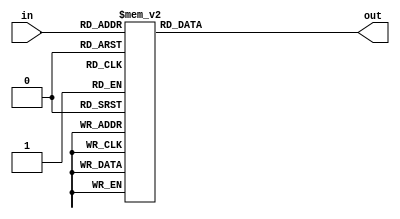
module priority_encoder(
     input [3:0] in,
     output reg [3:0] out
);

always @(*) begin
     case(in)
          4'b0000: out = 4'b0000; // 0 has highest priority
          4'b0001: out = 4'b0001; // 1 has highest priority
          4'b0010: out = 4'b0010; // 2 has highest priority
          4'b0011: out = 4'b0011; // 3 has highest priority
          4'b0100: out = 4'b0100; // 4 has highest priority
          4'b0101: out = 4'b0101; // 5 has highest priority
          4'b0110: out = 4'b0110; // 6 has highest priority
          4'b0111: out = 4'b0111; // 7 has highest priority
          4'b1000: out = 4'b1000; // 8 has highest priority
          4'b1001: out = 4'b1001; // 9 has highest priority
          default: out = 4'b0000; // default to 0
     endcase
end

endmodule